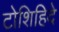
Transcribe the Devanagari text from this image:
टोशिहिदे